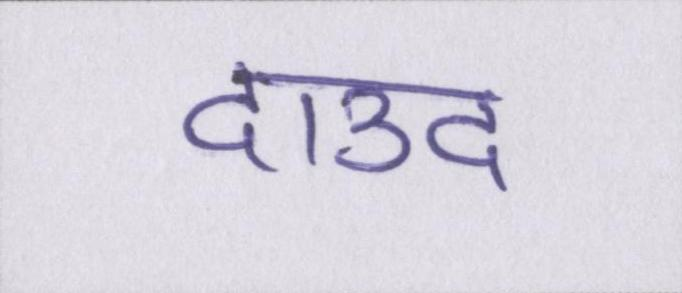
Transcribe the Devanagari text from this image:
दाउद